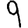
Digit: 9